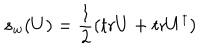
s _ { w } ( U ) = \frac { 1 } { 2 } ( \mathrm { t r } U + \mathrm { t r } U ^ { \dagger } )